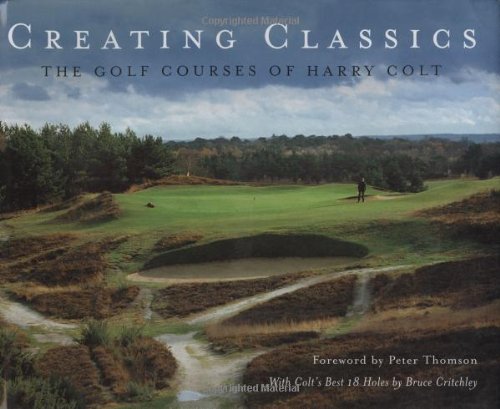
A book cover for Creating Classics: The Golf Courses of Harry Colt; Peter Pugh; Biographies & Memoirs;